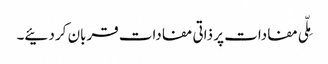
مِلّی مفادات پر ذاتی مفادات قربان کر دئیے۔